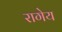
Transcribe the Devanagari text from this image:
रागेय